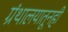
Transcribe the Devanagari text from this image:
ग्रंथालयातूनही